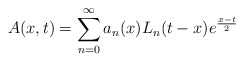
\begin{align*}A(x,t)=\sum_{n=0}^{\infty}a_{n}(x)L_{n}(t-x)e^{\frac{x-t}{2}} \end{align*}